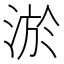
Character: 淤